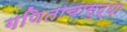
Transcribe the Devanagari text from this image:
गणिताचासुद्धा